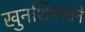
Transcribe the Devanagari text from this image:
खुनशिपणाने